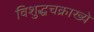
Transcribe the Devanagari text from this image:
विशुद्धचक्राख्ये